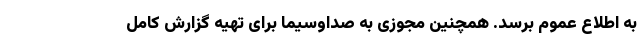
به اطلاع عموم برسد. همچنین مجوزی به صداوسیما برای تهیه گزارش کامل